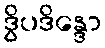
ဒွိပဒိန္ဒော